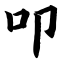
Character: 叩